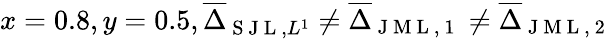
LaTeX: x=0.8,y=0.5,\overline{{\Delta}}_{\mathrm{~S~J~L~},L^{1}}\neq\overline{{\Delta}}_{\mathrm{~J~M~L~,~1~}}\neq\overline{{\Delta}}_{\mathrm{~J~M~L~,~2~}}